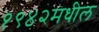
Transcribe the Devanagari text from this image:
१९४२मधील